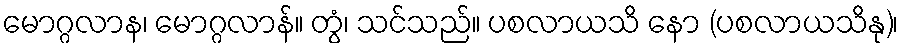
မောဂ္ဂလာန၊ မောဂ္ဂလာန်။ တွံ၊ သင်သည်။ ပစလာယသိ နော (ပစလာယသိနု)၊